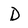
Character: D